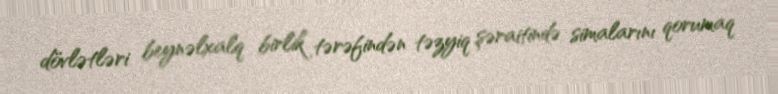
dövlətləri beynəlxalq birlik tərəfindən təzyiq şəraitində simalarını qorumaq